Annual administration and progress report of the Indian Medical Department, Bombay
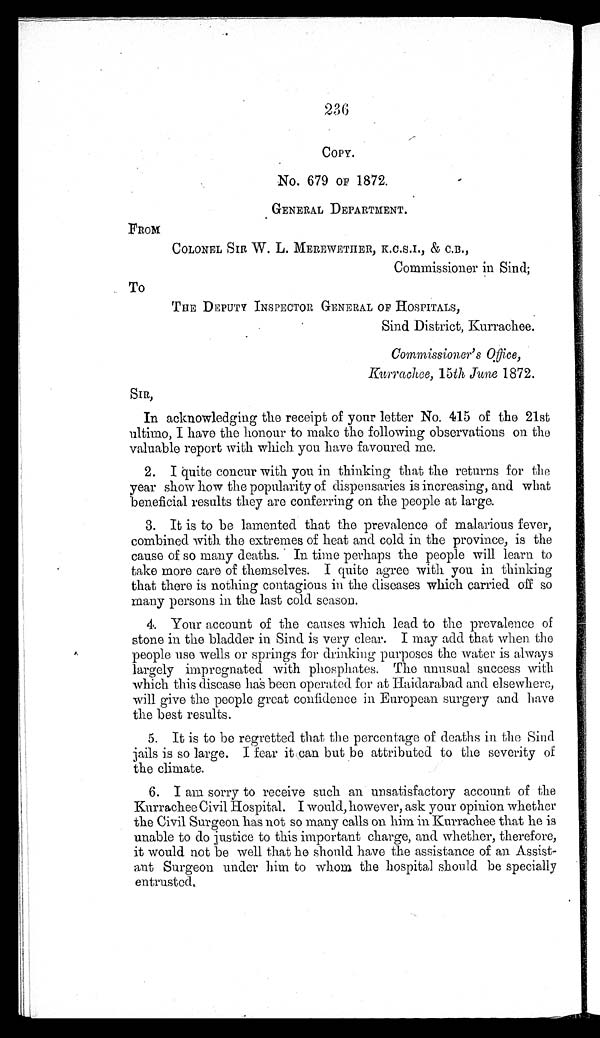
236
COPY.
No. 679 OF 1872.
GENERAL DEPARTMENT.
FROM
COLONEL SIR W. L. MEREWETHER, K.C.S.I., & C.B.,
Commissioner in Sind;
To
THE DEPUTY INSPECTOR GENERAL OF HOSPITALS,
Sind District, Kurrachee.
Commissioner’s Office,
Kurrachee, 15th June 1872.
SIR,
In acknowledging the receipt of your letter No. 415 of the 21st
ultimo, I have the honour to make the following observations on the
valuable report with which you have favoured me.
2. I quite concur with you in thinking that the returns for the
year show how the popularity of dispensaries is increasing, and what
beneficial results they are conferring on the people at large.
3. It is to be lamented that the prevalence of malarious fever,
combined with the extremes of heat and cold in the province, is the
cause of so many deaths. In time perhaps the people will learn to
take more care of themselves. I quite agree with you in thinking
that there is nothing contagious in the diseases which carried off so
many persons in the last cold season.
4. Your account of the causes which lead to the prevalence of
stone in the bladder in Sind is very clear. I may add that when the
people use wells or springs for drinking purposes the water is always
largely impregnated with phosphates. The unusual success with
which this disease leas been operated for at Haidarabad and elsewhere,
will give the people great confidence in European surgery and have
the best results.
5. It is to be regretted that the percentage of deaths in the Sind
jails is so large. I fear it can but be attributed to the severity of
the climate.
6. I am sorry to receive such an unsatisfactory account of the
Kurrachee Civil Hospital. I would, however, ask your opinion whether
the Civil Surgeon has not so many calls on him in Kurrachee that he is
unable to do justice to this important charge, and whether, therefore,
it would not be well that he should have the assistance of an Assist-
ant Surgeon under him to whom the hospital should be specially
entrusted.